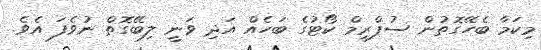
މިކަމާ ބެހޭގޮތުން ސުޕްރީމް ކޯޓުގެ ބަހެއް އަދި ވަނީ ލިބޭގޮތް ނުވެފަ އެވެ.